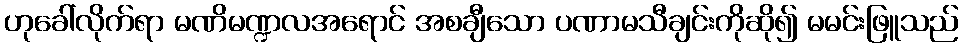
ဟုခေါ်လိုက်ရာ မဏိမဏ္ဍလအရောင် အစချီသော ပဏာမသီချင်းကိုဆို၍ မမင်းဖြူသည်